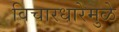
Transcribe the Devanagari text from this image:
विचारधारेमुळे